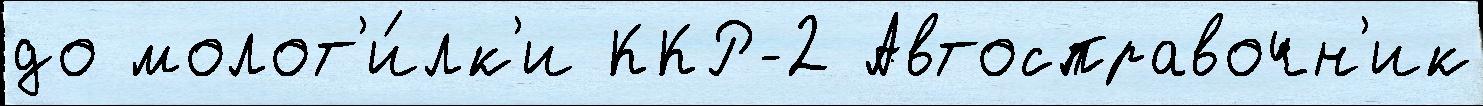
до молот'и́лк'и ККР-2 Автосправочн'ик